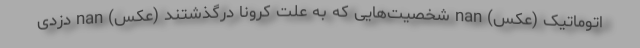
اتوماتیک (عکس) nan شخصیت‌هایی که به علت کرونا درگذشتند (عکس) nan دزدی